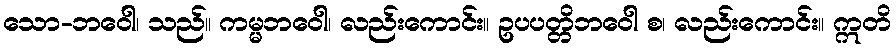
သော-ဘဝေါ၊ သည်။ ကမ္မဘဝေါ၊ လည်းကောင်း။ ဥပပတ္တိဘဝေါ စ၊ လည်းကောင်း။ ဣတိ